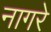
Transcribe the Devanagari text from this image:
नागरे